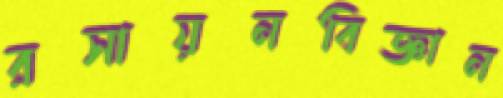
রসায়নবিজ্ঞান